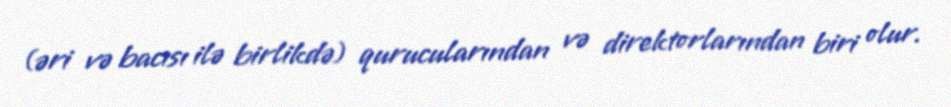
(əri və bacısı ilə birlikdə) qurucularından və direktorlarından biri olur.